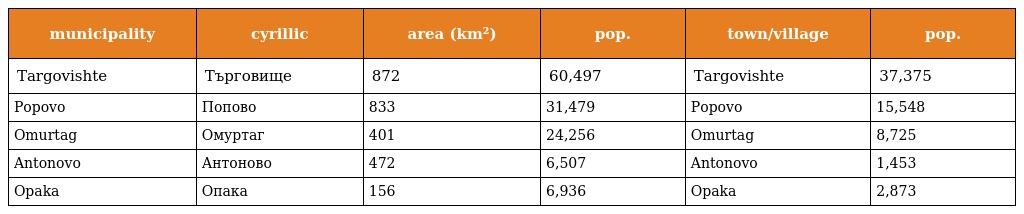
| municipality | cyrillic | area (km²) | pop. | town/village | pop. |
 | --- | --- | --- | --- | --- | --- |
 | Targovishte | Търговище | 872 | 60,497 | Targovishte | 37,375 |
 | Popovo | Попово | 833 | 31,479 | Popovo | 15,548 |
 | Omurtag | Омуртаг | 401 | 24,256 | Omurtag | 8,725 |
 | Antonovo | Антоново | 472 | 6,507 | Antonovo | 1,453 |
 | Opaka | Опака | 156 | 6,936 | Opaka | 2,873 |